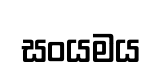
සංයමය